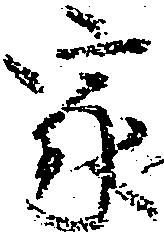
家